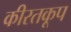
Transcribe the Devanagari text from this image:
कीरतकूप